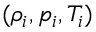
( \rho _ { i } , p _ { i } , T _ { i } )